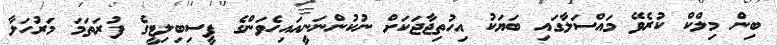
ބިން މިލްކް ކުރެވޭ މައްސަލާގައި ބަޔަކު އިހުތިޖާޖަކަށް ނުކުންނަނީއައިހެވަންގެ ފީސިބިލިޓީގެ ފުރަތަމަ މަރުހަލާ